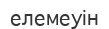
елемеуін